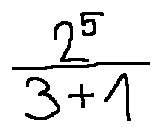
\frac { 2 ^ { 5 } } { 3 + 1 }